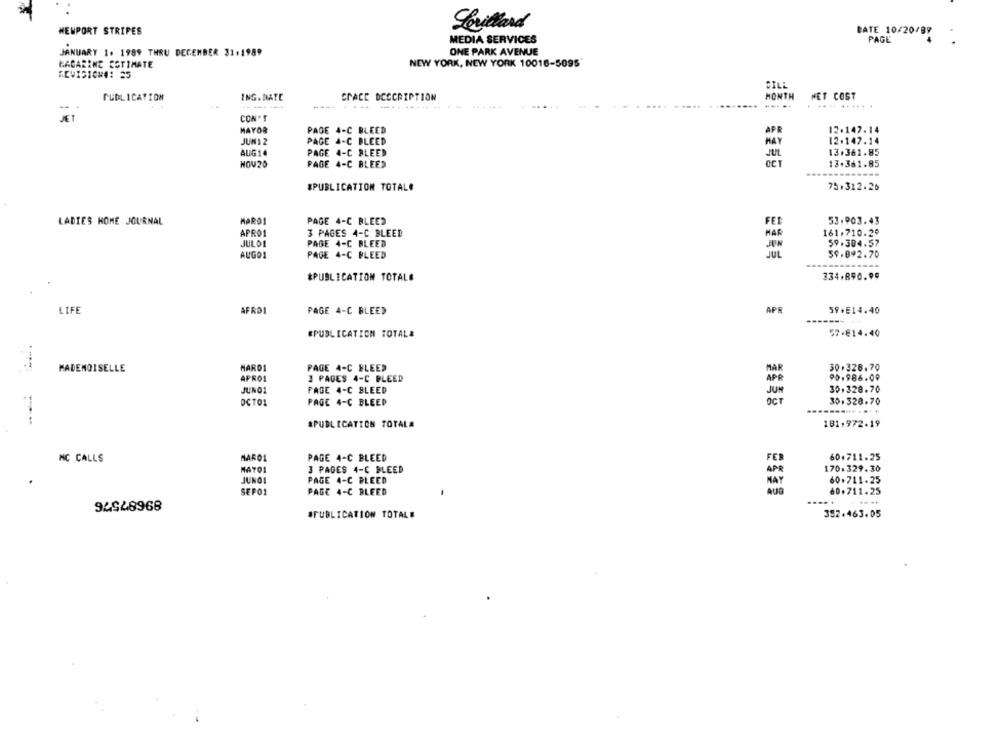
Levillard
BATE 10/20/89
NEWPORT STRIPES
MEDIA SERVICES
PAGE
JANUARY 1. 1989 THRU DECEMBER 31.1989
ONE PARK AVENUE
KACARINE ESTIMATE
NEW YORK, NEW YORK 10016-5095
REVISION#: 25
CILL
PUBLICATION
ING. DATE
SPACE DESCRIPTION
MONTH
NET COST
-------
.....
.... ..... .
CON'T
MAYOR
PAGE 4-C BLEED
APR
12.147.14
JUN 1 2
PAGE 4-C BLEED
HAY
12.147.14
AUG14
PAGE 4-C BLEED
13.361.85
HOV20
PAGE 4-C BLEED
13.361.85
*PUBLICATION TOTALE
75.312.26
LADIES HOME JOURNAL
MAROS
PAGE 4-C BLEED
FEE
53.903.43
APROS
3 PAGES 4-C BLEED
MAR
161.710.20
JULDI
PAGE 4-C BLEED
59.384.57
AUGO1
PAGE 4-C BLEED
JUL
59.892.70
*PUBLICATION TOTALE
334+890.99
LIFE
AFRO1
PAGE 4-C BLEED
APR
59.E14.40
-------
#PUBLICATION TOTAL&
57.814.40
MADEMOISELLE
HARD1
PAGE 4-C BLEED
30.328.70
APRO1
3 PAGES 4-C BLEED
90.986.09
JUNO
PAGE 4-C BLEED
JUN
30.328.70
30.320.70
OCTO1
PAGE 4-C BLEED
OCT
SPUBLICATION TOTAL#
191,972.19
NC CALLS
MARO1
PAGE 4-C BLEED
FEI
60.711.25
170.329.30
MAYO1
3 PAGES 4-C BLEED
JUNO
PAGE 4-C BLEED
60.711.25
AUG
60.711.25
SEPO1
PAGE 4-C BLEED
.....
94948968
*PUBLICATION TOTALE
392.463.05